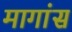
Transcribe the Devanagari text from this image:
मागांस